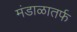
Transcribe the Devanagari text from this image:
मंडाळातर्फ